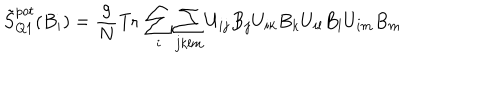
\tilde { S } _ { Q 1 } ^ { p o t } ( B _ { i } ) = \frac { g } { N } \mathrm { T r } \, \sum _ { i } \sum _ { j k l m } U _ { i j } B _ { j } U _ { i k } B _ { k } U _ { i l } B _ { l } U _ { i m } B _ { m }